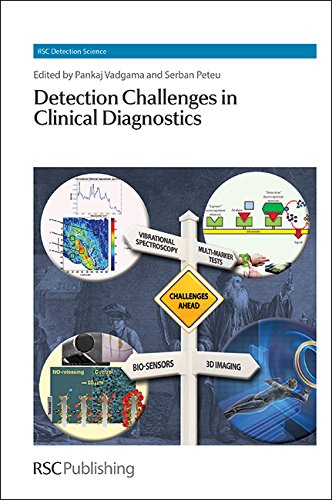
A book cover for Detection Challenges in Clinical Diagnostics: RSC (RSC Detection Science); Engineering & Transportation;